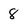
Character: 8